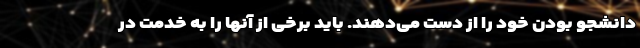
دانشجو بودن خود را از دست می‌دهند. باید برخی از آنها را به خدمت در